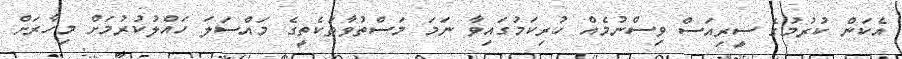
އެކަން ކުރުމުގެ ސީރިއަސް ވިސްނުމެއް ހުރިކަމުގައިވާ ނަމަ މަސްތުވާތަކެތީގެ މައްސަލަ ހައްލުކުރުމަށް މިހާރަށް